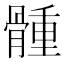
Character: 𩩳